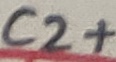
Text: C2+